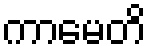
ကာမေတိ